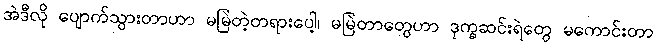
အဲဒီလို ပျောက်သွားတာဟာ မမြဲတဲ့တရားပေါ့၊ မမြဲတာတွေဟာ ဒုက္ခဆင်းရဲတွေ မကောင်းတာ